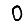
Digit: 0